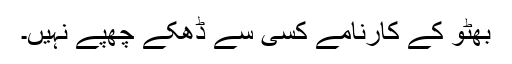
بھٹو کے کارنامے کسی سے ڈھکے چھپے نہیں۔